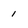
Character: 1